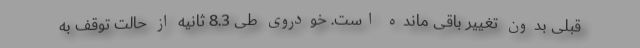
قبلی بدون تغییر باقی مانده است. خودروی طی 8.3 ثانیه از حالت توقف به